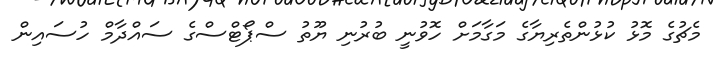
މެޗުގެ މޮޅު ކުޅުންތެރިޔާގެ މަގާމަށް ހޮވުނީ ބުރުނި ޔޫތު ސްޕޯޓްސްގެ ސައްދާމް ހުސައިން